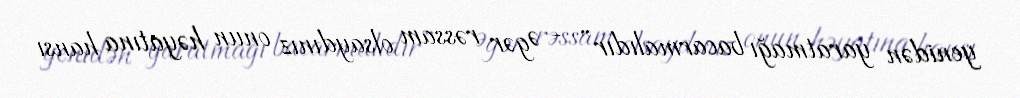
yenidən yaratmağı bacarmalıdır” - Əgər rəssam olsaydınız onun həyatına hansı